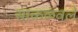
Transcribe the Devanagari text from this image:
साकळवले